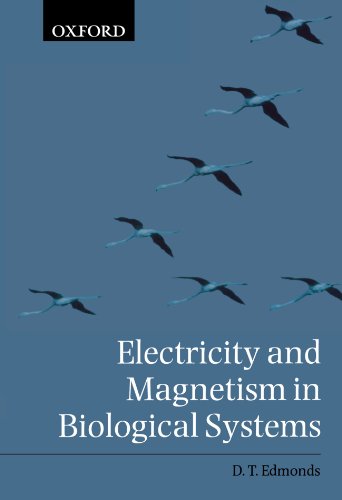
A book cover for Electricity and Magnetism in Biological Systems; D. T. Edmonds; Science & Math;